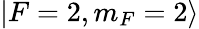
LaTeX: |F=2,m_{F}=2\rangle